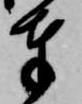
奉